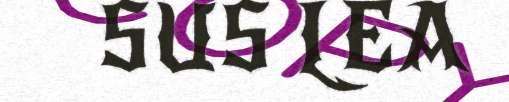
SUS LEA